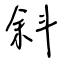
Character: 斜